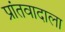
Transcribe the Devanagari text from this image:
प्रांतवादाला